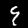
Label: 9